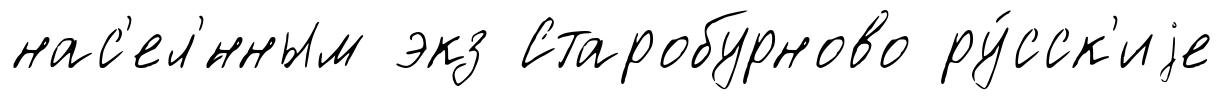
нас'ел'́нным экз Старобурново ру́сск'иjе